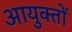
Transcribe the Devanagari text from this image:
आयुक्‍तों